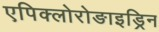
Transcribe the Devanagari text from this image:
एपिक्लोरोङाइड्रिन